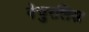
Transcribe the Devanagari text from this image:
नेचुरलिस